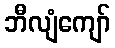
ဘီလျံကျော်